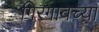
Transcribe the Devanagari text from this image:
गिरगावच्या